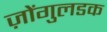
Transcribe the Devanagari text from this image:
ज़ोंगुलडक